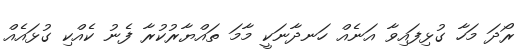
ރޯދަ މަހާ ގުޅިފައިވާ އަނެއް ހަނދާނަކީ މާމަ ތައްޔާރުކުރާ ފެނު ކެއްކި ގުޅައެއް